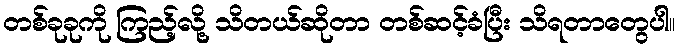
တစ်ခုခုကို ကြည့်လို့ သိတယ်ဆိုတာ တစ်ဆင့်ခံပြီး သိရတာတွေပါ။